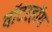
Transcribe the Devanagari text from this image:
वॉटरहॉग